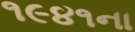
૧૯૪૧ના